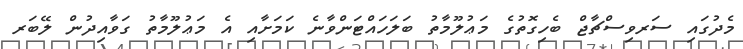
މެދުގައި ސަރވިސްޗާޖް ބެހިގޮތުގެ މަޢުލޫމާތު ބަލަހައްޓަންވާނެ ކަމަށާއި އެ މަޢުލޫމާތު ގަވާއިދުން ލޭބަރ